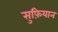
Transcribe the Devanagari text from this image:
सुफ़ियान